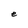
Character: e